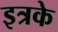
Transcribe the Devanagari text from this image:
इत्रके